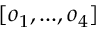
[ o _ { 1 } , . . . , o _ { 4 } ]